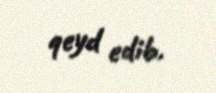
qeyd edib.